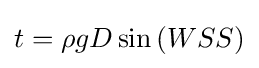
t=\rho gD\sin {(WSS)}